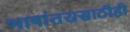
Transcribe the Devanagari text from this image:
भाषांतरासाठीही